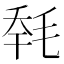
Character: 𣭹